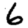
Digit: 6